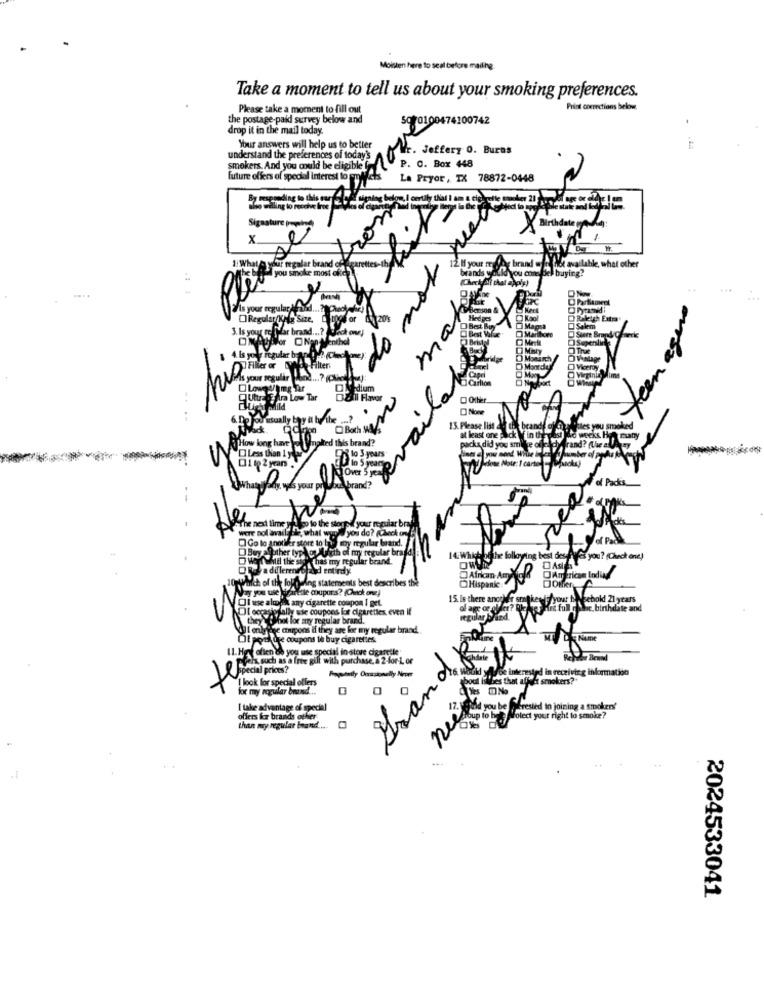
Moisten here to seal before mailhg
Take a moment to tell us about your smoking preferences.
Please take a moment to fill out
Print corrections below.
the postage-paid survey below and
5070100474100742
drop it in the mail today
Your answers will help us to better
. Jeffery O. Burns
understand the preferences of today's
smokers. And you could be eligible f
P. O. Box 448
future offers of special interest lo effets
La Pryor, TX 78872-0448
signing bolo
alling to reochve Ine " Was d dont
Sigasture pepino
X Birthdate ge ):
x
e
1: What/o yur regalar brand of agarette
you smoke most often
brands would you cons Bel buying?
nice available, what other
DRegular KAla Size, Ditoos or A
3. Is your te
m
Filler er LE
Filter
your segultr
uhr
Afdium
Ar Low Tar
Gall Flavor
O Other
.
6. Do Pour usually bay il by the ...?
Both W/
13. Please list & the brandi, of @ y Gues you smoked
How long have two Vnaked this brand?
at least one pack W in thewaist balo weeks Hoe man
Mint
Wrand? (Une aLA
O Less than ILU
packs did you smile oflaly
43 to 5 year
you mond Wine til
In.
bu brand
of Packs
y. was your pro
The next time you go to the stored y
ie storff your regular bra
were not available what wydo you
you do? (Check on
Go lo anotifer store to be my m
y regular brand.
Lar braf
14: Which
has my regular brand.
The following best desd
cs you? (Check one)
ORe adiflerened ad entirely
OAsi
Afrom Am Xela
net of the folding statements best describes the
anette coupons? (Chack onz)
Hispanic:
Il use al
any cigarette coupon I get.
15. Is there anche
MiFfyour INsebold 21 years
occasionally sie coupons for cigarettes, even if
of age o
OShot lor any regular brand
regulas blind
e coupons if they are for my regular brand.
Of pod ore coupons to buy cigarettes
IL. He often do you use special in store cigaretle
Grand. R
Pfelt such as a free gift with purchase, a 2-for-L or
Special prices?
interested in receiving information
I look for special offers
Wies that affect smokers?
for my ngular brand ..
I take advantage of special
Md you be auferesied in joining a smokers?
offers for brands other
OxPoled your right to smoke?
chan muy regul
2024533041